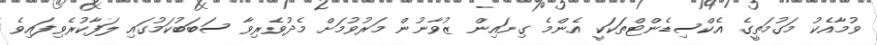
ވުމާއެކު މަގުމަތީގެ އެކްސިޑެންޓްތަކަކީ އެންމެ ގިނައިން ޒުވާނުން މަރުވުމަށް މެދުވެރިވާ ސަބަބުކަމުގައި ލަފާކުރެވިފައިވެ